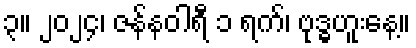
၃။ ၂၀၂၄၊ ဇန်နဝါရီ ၁ ရက်၊ ဗုဒ္ဓဟူးနေ့။